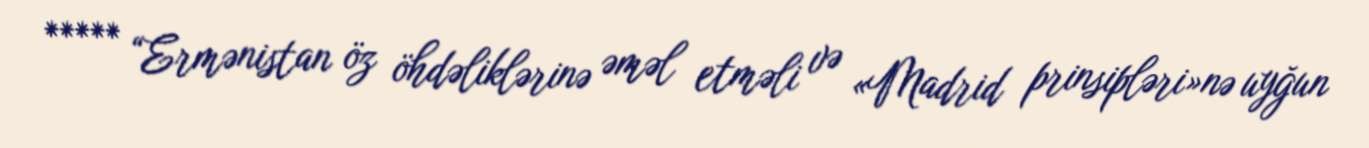
***** “Ermənistan öz öhdəliklərinə əməl etməli və «Madrid prinsipləri»nə uyğun